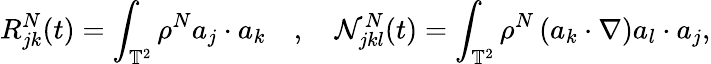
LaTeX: R_{jk}^{N}(t)=\int_{\mathbb{T}^{2}}\rho^{N}a_{j}\cdot a_{k}\quad,\quad\mathcal{N}_{jkl}^{N}(t)=\int_{\mathbb{T}^{2}}\rho^{N}\left(a_{k}\cdot\nabla\right)a_{l}\cdot a_{j},